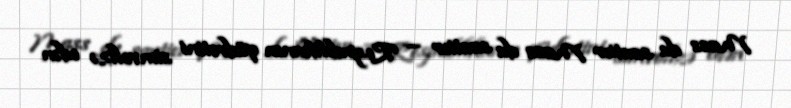
Mass du sautier Mass du sautier — Respublikanın qüdrətini simvolizə edən